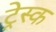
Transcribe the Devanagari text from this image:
ट्रेस्क